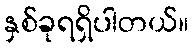
နှစ်ခုရရှိပါတယ်။